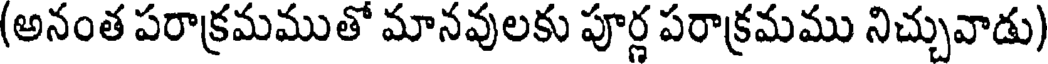
(అనంత పరాక్రమముతో మానవులకు పూర్ణ పరాక్రమము నిచ్చువాడు)